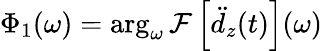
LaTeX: \Phi_{1}(\omega)=\arg_{\omega}\mathcal{F}\left[\ddot{d}_{z}(t)\right](\omega)